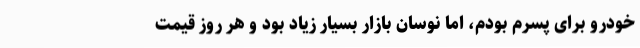
خودرو برای پسرم بودم، اما نوسان بازار بسیار زیاد بود و هر روز قیمت